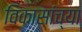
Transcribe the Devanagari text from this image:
विकासांच्या